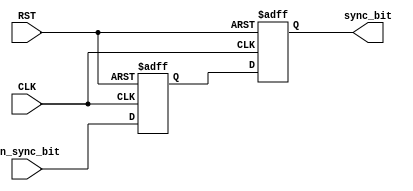
`timescale 1ns / 1ps
//////////////////////////////////////////////////////////////////////////////////
// Company: 
// Engineer: 
// 
// Design Name: 
// Module Name: BIT_SYNC
// Project Name: LowPowerMultiClockDigtialCommuSys
// Target Devices: 
// Tool Versions: 
// Description: 
// 
// Dependencies: 
// 
// Revision:
// Revision 0.01 - File Created
// Additional Comments:
// 
//////////////////////////////////////////////////////////////////////////////////
module BIT_SYNC(
    input   wire    CLK,
    input   wire    RST,
    input   wire    un_sync_bit,
    output  wire    sync_bit
    );

    reg             sync1, 
                    sync2;


    always @(posedge CLK, negedge RST)
    begin
        if(~RST) begin
            sync1 <= 1'b0;
            sync2 <= 1'b0;
        end
        else begin
            sync1 <= un_sync_bit;
            sync2 <= sync1;
        end
    end


    assign sync_bit = sync2;



endmodule